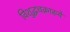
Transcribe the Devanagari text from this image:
विशुद्धचक्राख्ये